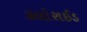
કલોરાઈડ